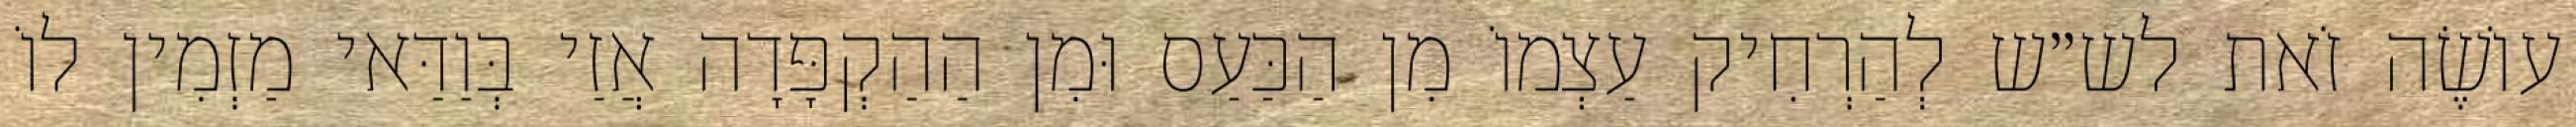
עוֹשֶׂה זֹאת לש״ש לְהַרְחִיק עַצְמוֹ מִן הַכַּעַס וּמִן הַהַקְפָּדָה אֲזַי בְּוַדַּאי מַזְמִין לוֹ